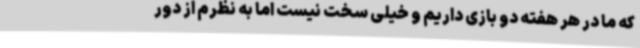
که ما در هر هفته دو بازی داریم و خیلی سخت نیست اما به نظرم از دور